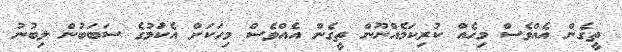
ތީގެން އެއްވެސް މިހެއް ކުރިކަމެއްނޫން ތީގެން އެއްވެސް މިހަކަށް އެކަުމުގެ ސަބަބުން ލިބުނު